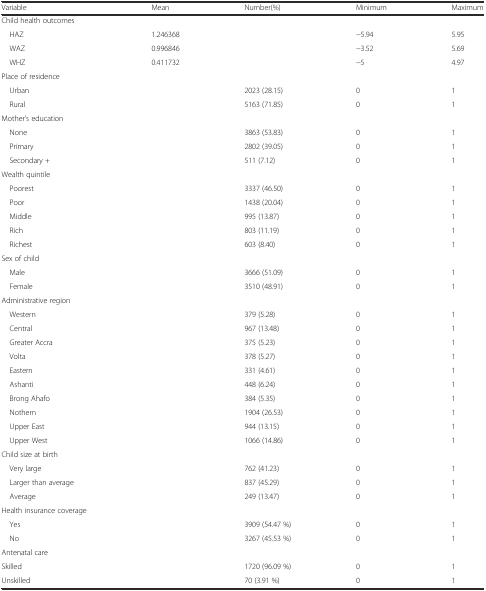
<table><thead><tr><td><b>Variable</b></td><td><b>Mean</b></td><td><b>Number(%)</b></td><td><b>Minimum</b></td><td><b>Maximum</b></td></tr></thead><tbody><tr><td>Child health outcomes</td><td></td><td></td><td></td><td></td></tr><tr><td> HAZ</td><td>1.246368</td><td></td><td>−5.94</td><td>5.95</td></tr><tr><td> WAZ</td><td>0.996846</td><td></td><td>−3.52</td><td>5.69</td></tr><tr><td> WHZ</td><td>0.411732</td><td></td><td>−5</td><td>4.97</td></tr><tr><td>Place of residence</td><td></td><td></td><td></td><td></td></tr><tr><td> Urban</td><td></td><td>2023 (28.15)</td><td>0</td><td>1</td></tr><tr><td> Rural</td><td></td><td>5163 (71.85)</td><td>0</td><td>1</td></tr><tr><td>Mother’s education</td><td></td><td></td><td></td><td></td></tr><tr><td> None</td><td></td><td>3863 (53.83)</td><td>0</td><td>1</td></tr><tr><td> Primary</td><td></td><td>2802 (39.05)</td><td>0</td><td>1</td></tr><tr><td> Secondary +</td><td></td><td>511 (7.12)</td><td>0</td><td>1</td></tr><tr><td>Wealth quintile</td><td></td><td></td><td></td><td></td></tr><tr><td> Poorest</td><td></td><td>3337 (46.50)</td><td>0</td><td>1</td></tr><tr><td> Poor</td><td></td><td>1438 (20.04)</td><td>0</td><td>1</td></tr><tr><td> Middle</td><td></td><td>995 (13.87)</td><td>0</td><td>1</td></tr><tr><td> Rich</td><td></td><td>803 (11.19)</td><td>0</td><td>1</td></tr><tr><td> Richest</td><td></td><td>603 (8.40)</td><td>0</td><td>1</td></tr><tr><td>Sex of child</td><td></td><td></td><td></td><td></td></tr><tr><td> Male</td><td></td><td>3666 (51.09)</td><td>0</td><td>1</td></tr><tr><td> Female</td><td></td><td>3510 (48.91)</td><td>0</td><td>1</td></tr><tr><td>Administrative region</td><td></td><td></td><td></td><td></td></tr><tr><td> Western</td><td></td><td>379 (5.28)</td><td>0</td><td>1</td></tr><tr><td> Central</td><td></td><td>967 (13.48)</td><td>0</td><td>1</td></tr><tr><td> Greater Accra</td><td></td><td>375 (5.23)</td><td>0</td><td>1</td></tr><tr><td> Volta</td><td></td><td>378 (5.27)</td><td>0</td><td>1</td></tr><tr><td> Eastern</td><td></td><td>331 (4.61)</td><td>0</td><td>1</td></tr><tr><td> Ashanti</td><td></td><td>448 (6.24)</td><td>0</td><td>1</td></tr><tr><td> Brong Ahafo</td><td></td><td>384 (5.35)</td><td>0</td><td>1</td></tr><tr><td> Nothern</td><td></td><td>1904 (26.53)</td><td>0</td><td>1</td></tr><tr><td> Upper East</td><td></td><td>944 (13.15)</td><td>0</td><td>1</td></tr><tr><td> Upper West</td><td></td><td>1066 (14.86)</td><td>0</td><td>1</td></tr><tr><td>Child size at birth</td><td></td><td></td><td></td><td></td></tr><tr><td> Very large</td><td></td><td>762 (41.23)</td><td>0</td><td>1</td></tr><tr><td> Larger than average</td><td></td><td>837 (45.29)</td><td>0</td><td>1</td></tr><tr><td> Average</td><td></td><td>249 (13.47)</td><td>0</td><td>1</td></tr><tr><td>Health insurance coverage</td><td></td><td></td><td></td><td></td></tr><tr><td> Yes</td><td></td><td>3909 (54.47 %)</td><td>0</td><td>1</td></tr><tr><td> No</td><td></td><td>3267 (45.53 %)</td><td>0</td><td>1</td></tr><tr><td>Antenatal care</td><td></td><td></td><td></td><td></td></tr><tr><td>Skilled</td><td></td><td>1720 (96.09 %)</td><td>0</td><td>1</td></tr><tr><td>Unskilled</td><td></td><td>70 (3.91 %)</td><td>0</td><td>1</td></tr></tbody></table>